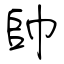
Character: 帥